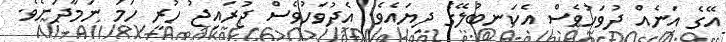
އޭގެ އަނެއް ދުވަހުވެސް އެކަނބުލޭގެ ދިޔައެވެ. އެދުވަހުވެސް ޖުރައިޖު ހުރީ ހަމަ ނަމާދަށެވެ.